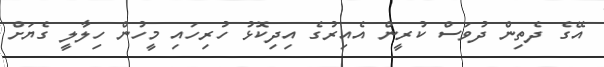
އޭގެ ދެތިން ދުވަސް ކުރީން އެއިރުގެ އިދިކޮޅު ހުރިހައި މީހުން ހިލާލީ ގެޔަށް